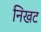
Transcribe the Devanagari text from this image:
निखट